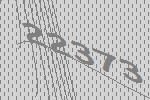
22373